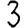
Digit: 3